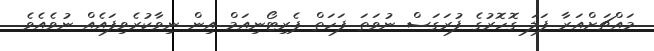
މައްޗަށްއަރާ ފަލަ ގޮހޮރުގެ ފުރަގަސް ނުވަތަ ފަހަތް ޕެރިޓޯނިއަމް އިން ނިވާކުރެވިފައެއް ނުވެއެވެ.